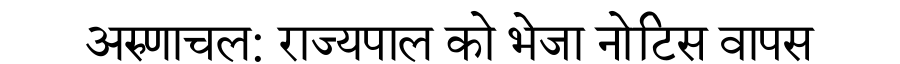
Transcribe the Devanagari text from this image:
अरुणाचल: राज्यपाल को भेजा नोटिस वापस